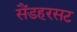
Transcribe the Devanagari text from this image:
सैंडहरसट